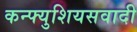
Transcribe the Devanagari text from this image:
कन्फ्युशियसवादी